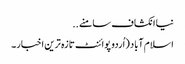
نیا انکشاف سامنے ..
اسلام آباد (اُردو پوائنٹ تازہ ترین اخبار۔